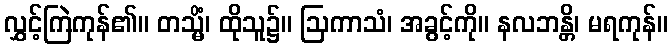
လွှင့်ကြဲကုန်၏။ တသ္မိံ၊ ထိုသူ၌။ ဩကာသံ၊ အခွင့်ကို။ နလဘန္တိ၊ မရကုန်။